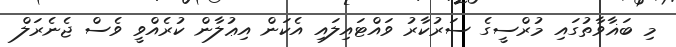
މި ބަޣާވާތުގައި މުރްސީގެ ސަރުކާރު ވައްޓައިލައި އެކަން އިޢުލާން ކުރެއްވީ ވެސް ޖެނެރަލް